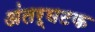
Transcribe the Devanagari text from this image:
अंतर्घटक